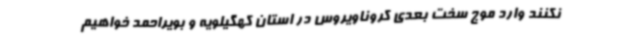
نکنند وارد موج سخت بعدی کروناویروس در استان کهگیلویه و بویراحمد خواهیم